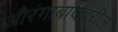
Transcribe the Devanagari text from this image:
औरंगाबादवरील